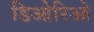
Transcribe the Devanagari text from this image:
डिओरिओ